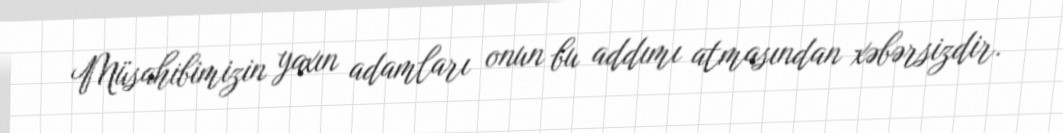
Müsahibimizin yaxın adamları onun bu addımı atmasından xəbərsizdir.